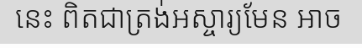
នេះ ពិតជាត្រង់អស្ចារ្យមែន អាច